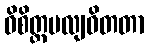
ဝိစိတ္တမလျဝိတတာ